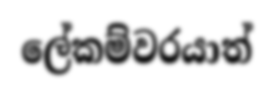
ලේකම්වරයාත්